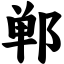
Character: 郸